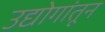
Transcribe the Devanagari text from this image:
उद्योगांतून